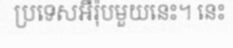
ប្រទេសអឺរ៉ុបមួយនេះ។ នេះ